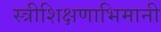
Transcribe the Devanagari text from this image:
स्त्रीशिक्षणाभिमानी